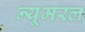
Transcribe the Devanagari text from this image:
न्यूमरल